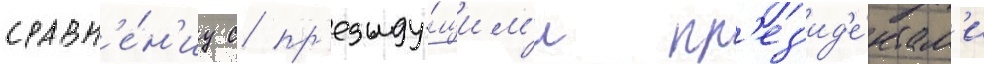
сравн'е́н'иу с пр'едыду́щим'и пр'ез'ид'е́нтам'и